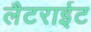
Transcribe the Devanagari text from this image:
लैटराईट